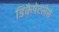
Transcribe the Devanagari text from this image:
डिकैपेटलेस